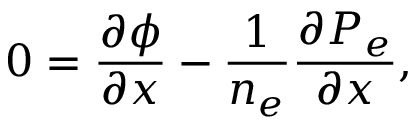
0 = \frac { \partial \phi } { \partial x } - \frac { 1 } { n _ { e } } \frac { \partial { P } _ { e } } { \partial x } ,